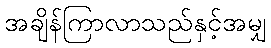
အချိန်ကြာလာသည်နှင့်အမျှ